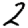
Digit: 2